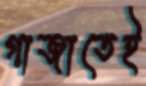
গাজাতেই